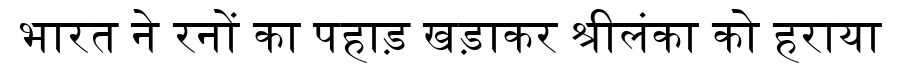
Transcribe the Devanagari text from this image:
भारत ने रनों का पहाड़ खड़ाकर श्रीलंका को हराया